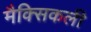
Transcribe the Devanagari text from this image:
मैक्सिकली